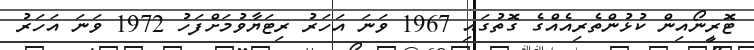
ޓޮރީނޯއިން ކުޅުންތެރިއެއްގެ ގޮތުގައި 1967 ވަނަ އަހަރު ރިޓަޔާވުމަށްފަހު 1972 ވަނަ އަހަރު